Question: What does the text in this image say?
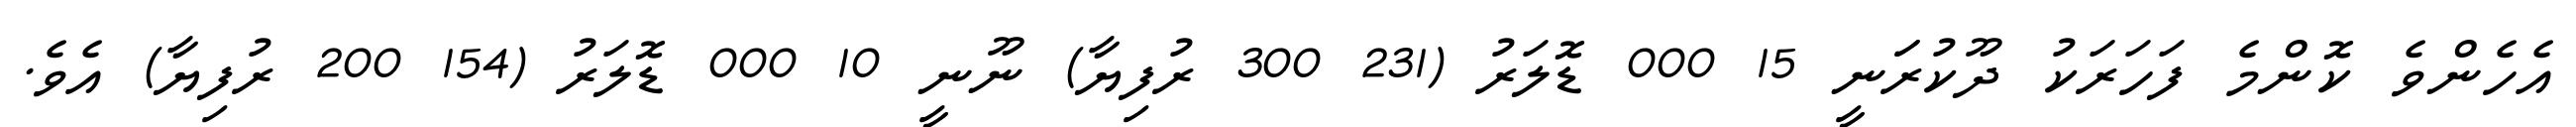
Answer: އެހެންވެ ކޮންމެ ފަހަރަކު ދޫކުރަަނީ 15 000 ޑޮލަރު (231 300 ރުފިޔާ) ނޫނީ 10 000 ޑޮލަރު (154 200 ރުފިޔާ) އެވެ.